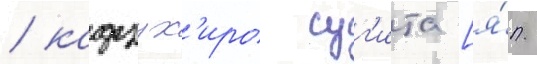
/ кадзух'иро суг'ита [я́п.